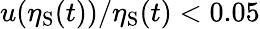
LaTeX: u(\eta_{\mathrm{S}}(t))/\eta_{\mathrm{S}}(t)<0.05